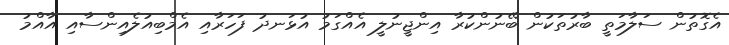
އެގޮތުން ސަލާމަތީ ބާރުތަކުން ބޭނުންކުރާ އިންޖީނުލީ އެއްގަމު އުޅަނދު ފަހަރާއި އެމްބިއުލެއިންސާއި އާއްމު